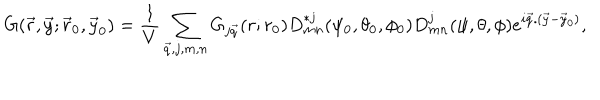
LaTeX: G ( { \vec { r } } , { \vec { y } } ; { \vec { r } } _ { 0 } , { \vec { y } } _ { 0 } ) = { \frac { 1 } { V } } \sum _ { \vec { q } , j , m , n } G _ { j \vec { q } } ( r ; r _ { 0 } ) D _ { m n } ^ { * j } ( \psi _ { 0 } , \theta _ { 0 } , \phi _ { 0 } ) D _ { m n } ^ { j } ( \psi , \theta , \phi ) e ^ { i { \vec { q } } . ( { \vec { y } } - { \vec { y } } _ { 0 } ) } ,